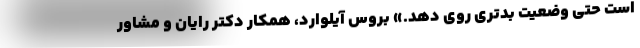
است حتی وضعیت بدتری روی دهد.» بروس آیلوارد، همکار دکتر رایان و مشاور